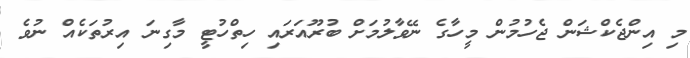
މި އިންޖެކްޝަން ޖެހުމުން މީހާގެ ނޭވާލުމަށް ބުރޫއަރައި ހިތްހުޓީ މާގިނަ އިރުތަކެއް ނުވެ